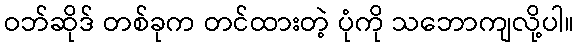
ဝဘ်ဆိုဒ် တစ်ခုက တင်ထားတဲ့ ပုံကို သဘောကျလို့ပါ။